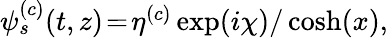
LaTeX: \begin{array}{r}{\psi_{s}^{(c)}(t,z)\! =\! \eta^{(c)}\exp(i\chi)/\cosh(x),}\end{array}